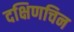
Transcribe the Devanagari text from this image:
दक्षिणचिन